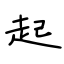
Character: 起